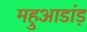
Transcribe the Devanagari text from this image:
महुआडांड़